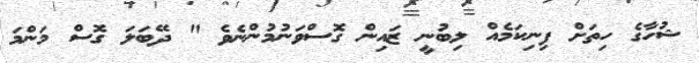
ޝުހާގެ ހިތަށް ފިނިކަމެއް ލިބުނީ ޒައިން ގޮސްވަނުމުންނެވެ " ދޭބަލަ ގޮސް މަންމަ